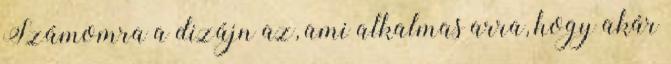
Számomra a dizájn az, ami alkalmas arra, hogy akár